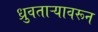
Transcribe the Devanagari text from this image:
ध्रुवताऱ्यावरून